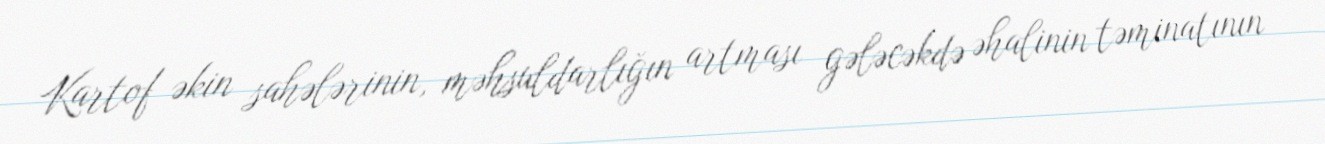
Kartof əkin sahələrinin, məhsuldarlığın artması gələcəkdə əhalinin təminatının